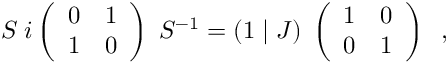
{ \cal S } \; i \left( \begin{array} { c c } { { 0 } } & { { 1 } } \\ { { 1 } } & { { 0 } } \end{array} \right) \; { \cal S } ^ { - 1 } = ( 1 \; \vert \; { \cal J } ) \; \left( \begin{array} { c c } { { 1 } } & { { 0 } } \\ { { 0 } } & { { 1 } } \end{array} \right) \; \; ,